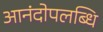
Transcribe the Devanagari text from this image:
आनंदोपलब्धि